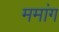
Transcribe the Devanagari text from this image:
ममांग